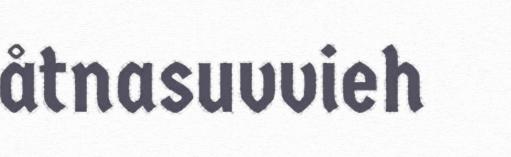
åtnasuvvieh